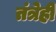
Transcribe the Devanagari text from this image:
तंत्रेही